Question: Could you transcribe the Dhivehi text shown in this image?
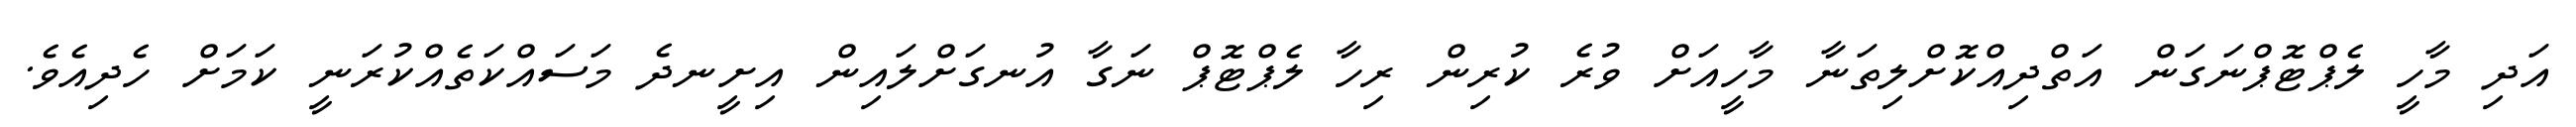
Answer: އަދި މާހީ ލެޕްޓޮޕްނަގަން އަތްދިއްކޮށްލިތަނާ މާހީއަށް ވުރެ ކުރިން ރިހާ ލެޕްޓޮޕް ނަގާ އުނގަށްލައިން އިށީނދެ މަސައްކަތެއްކުރަނީ ކަމަށް ހެދިއެވެ.